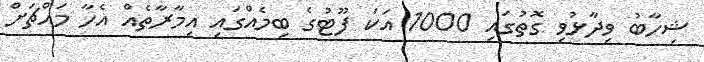
ޝިހާބު ވިދާޅުވި ގޮތުގައި 1000 އަކަ ފޫޓުގެ ބިމެއްގައި އިމާރާތެއް އެހާ މައްޗަށް